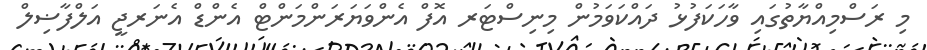
މި ރަސްމިއްޔާތުގައި ވާހަކަފުޅު ދައްކަވަމުން މިނިސްޓަރ އޮފް އެންވަޔަރަންމަންޓް އެންޑް އެނަރޖީ އަލްފާޟިލް